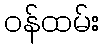
ဝန်ထမ်း